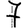
Digit: 7